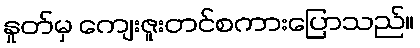
နှုတ်မှ ကျေးဇူးတင်စကားပြောသည်။